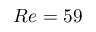
R e = 5 9